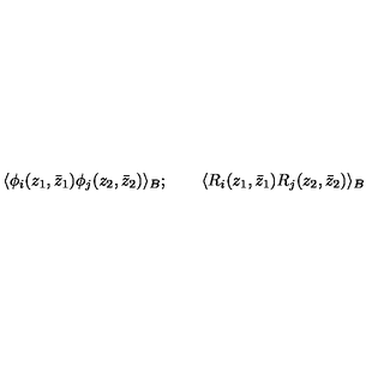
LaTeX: \langle \phi _ { i } ( z _ { 1 } , \bar { z } _ { 1 } ) \phi _ { j } ( z _ { 2 } , \bar { z } _ { 2 } ) \rangle _ { B } ; \qquad \langle R _ { i } ( z _ { 1 } , \bar { z } _ { 1 } ) R _ { j } ( z _ { 2 } , \bar { z } _ { 2 } ) \rangle _ { B }